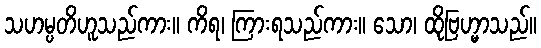
သဟမ္ပတိဟူသည်ကား။ ကိရ၊ ကြားရသည်ကား။ သော၊ ထိုဗြဟ္မာသည်။